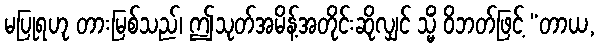
မပြုရဟု တားမြစ်သည်၊ ဤသုတ်အမိန့်အတိုင်းဆိုလျှင် သ္မိံ ဝိဘတ်ဖြင့် “တာယ,